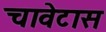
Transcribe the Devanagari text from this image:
चावेटास